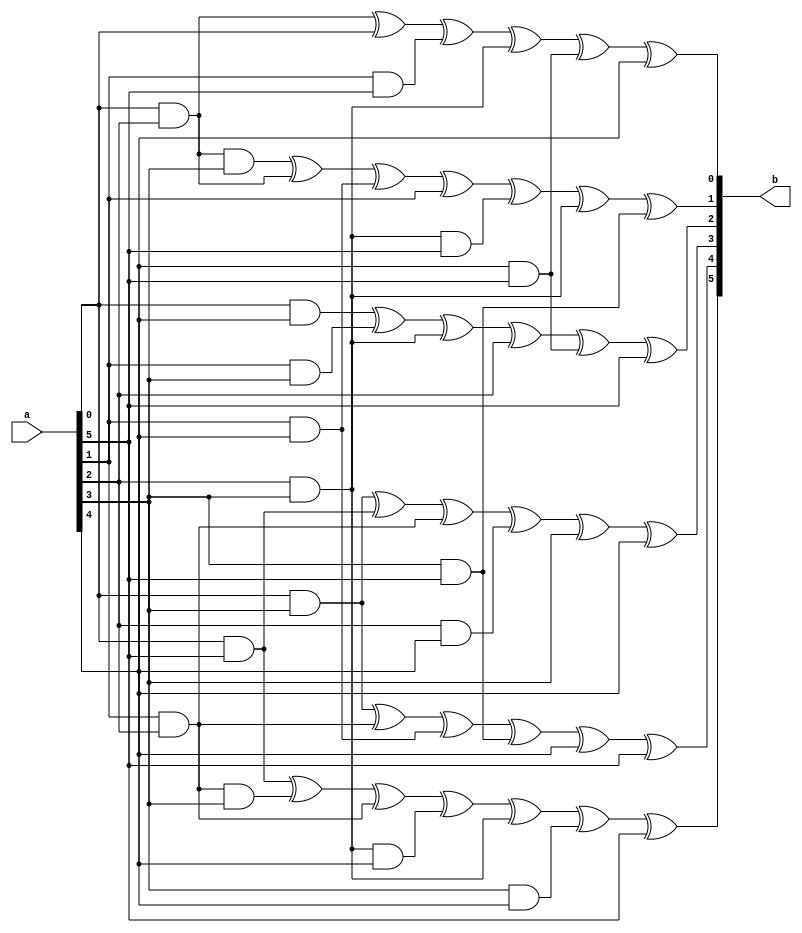
`timescale 1ns/100ps
module BipBip_ANF(a,b);
	 input [5:0] a;
	 output [5:0] b;
	 assign b[0]=a[0]&a[2] ^ a[0] ^ a[1]&a[5] ^ a[2]&a[3] ^ a[4]&a[5] ^ a[4];
	 assign b[1]=a[0]&a[2]&a[3] ^ a[0]&a[2] ^ a[1]&a[4] ^ a[1] ^ a[2]&a[3]&a[5] ^ a[2]&a[3] ^ a[3]&a[5];
	 assign b[2]=a[0]&a[4] ^ a[1]&a[3] ^ a[2]&a[3] ^ a[2] ^ a[4]&a[5] ^ a[5];
	 assign b[3]=a[0]&a[3] ^ a[0]&a[5] ^ a[1]&a[2] ^ a[2]&a[4] ^ a[3] ^ a[4];
	 assign b[4]=a[0]&a[3] ^ a[1]&a[2] ^ a[1]&a[4] ^ a[3]&a[5] ^ a[4] ^ a[5];
	 assign b[5]=a[0]&a[5] ^ a[1]&a[2]&a[3] ^ a[1]&a[2] ^ a[2]&a[3]&a[4] ^ a[2]&a[3] ^ a[3]&a[4] ^ a[5];
endmodule